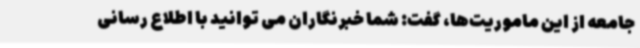
جامعه از این ماموریت‌ها، گفت: شما خبرنگاران می توانید با اطلاع رسانی